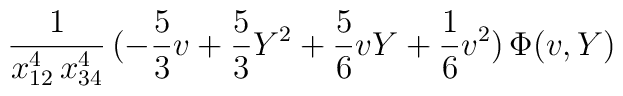
\frac{1}{x_{12}^4 \, x_{34}^4} \, (-\frac{5}{3}v  +\frac{5}{3} Y^2+\frac{5}{6} v Y + \frac{1}{6}v^2 ) \, \Phi(v,Y)